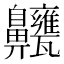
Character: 𪗃